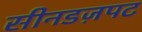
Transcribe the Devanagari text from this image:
सीनडज़पट